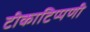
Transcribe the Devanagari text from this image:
टीकाटिप्पणी